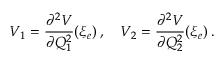
V _ { 1 } = \frac { \partial ^ { 2 } V } { \partial Q _ { 1 } ^ { 2 } } ( \xi _ { e } ) \, , \quad V _ { 2 } = \frac { \partial ^ { 2 } V } { \partial Q _ { 2 } ^ { 2 } } ( \xi _ { e } ) \, .